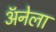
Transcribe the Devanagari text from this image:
अॅनेला